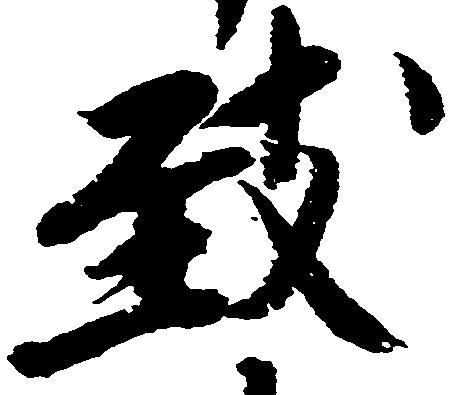
致